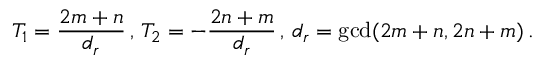
T _ { 1 } = \frac { 2 m + n } { d _ { r } } \, , \, T _ { 2 } = - \frac { 2 n + m } { d _ { r } } \, , \, d _ { r } = \operatorname* { g c d } ( 2 m + n , 2 n + m ) \, .